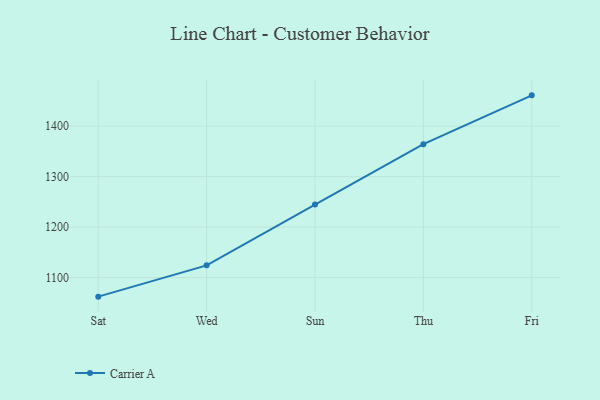
{"axis": {"x": "Day", "y": "Churn Rate (%)"}, "legend": ["Carrier A"], "data": [{"x": "Sat", "y": 1062.3, "type": "Carrier A"}, {"x": "Wed", "y": 1124.3, "type": "Carrier A"}, {"x": "Sun", "y": 1244.7, "type": "Carrier A"}, {"x": "Thu", "y": 1364.3, "type": "Carrier A"}, {"x": "Fri", "y": 1461.0, "type": "Carrier A"}]}